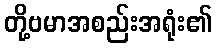
တို့ဗမာအစည်းအရုံး၏